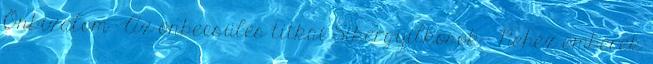
Önbizalom – Az önbecsülés titkai Sikergyilkosok – Nehéz emberek